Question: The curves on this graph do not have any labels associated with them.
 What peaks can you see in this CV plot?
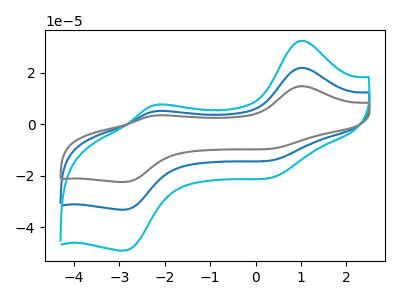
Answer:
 <answer>The blue curve "blue" has anodic peaks at (1.00V, 22.00uA) (-2.10V, 5.20uA) and cathodic peaks at (0.45V, -13.65uA) (-2.85V, -33.20uA). The cyan curve "cyan" has anodic peaks at (1.00V, 32.60uA) (-2.10V, 7.70uA) and cathodic peaks at (0.45V, -20.20uA) (-2.85V, -49.15uA). The gray curve "gray" has anodic peaks at (1.00V, 44.05uA) (-2.10V, 10.40uA) and cathodic peaks at (0.45V, -27.30uA) (-2.85V, -66.40uA).</answer>
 <eval></eval>